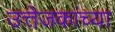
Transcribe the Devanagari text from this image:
उत्तेजकांच्या